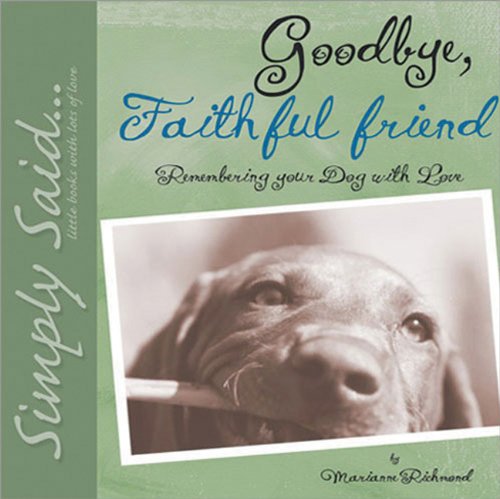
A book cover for Goodbye, Faithful Friend: Remembering Your Dog with Love (Simply Said); Marianne Richmond; Crafts, Hobbies & Home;